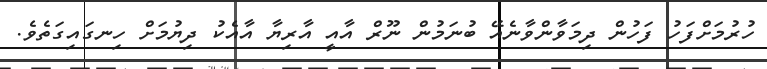
ހުރުމަށްފަހު ފަހުން ދިމަވާންވާނެއޭ ބުނަމުން ނޫރް އާއީ އާރިޔާ އާއެކު ދިޔުމަށް ހިނގައިގަތެވެ.